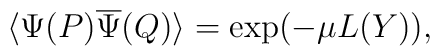
\langle {\Psi}(P)\overline {\Psi}(Q)\rangle =\exp(-\mu L(Y)),